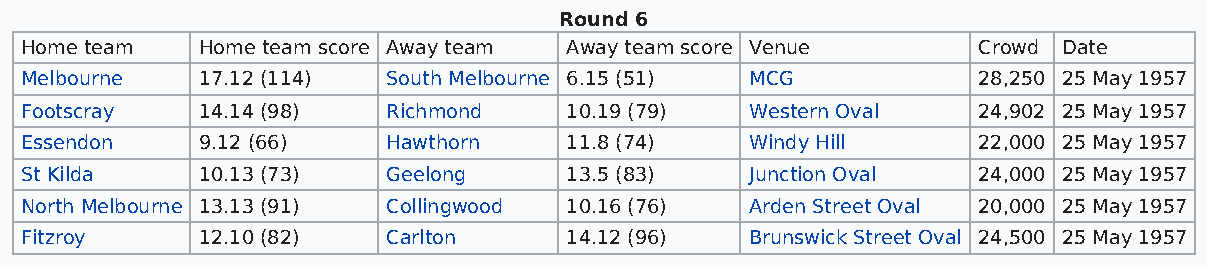
Round 6
 Home team   Home team score Away team Away team score Venue     Crowd Date
 Melbourne   17.12 (114)  South Melbourne 6.15 (51) MCG          28,250 25 May 1957
 Footscray   14.14 (98)   Richmond   10.19 (79)   Western Oval   24,902 25 May 1957
 Essendon    9.12 (66)    Hawthorn   11.8 (74)    Windy Hill     22,000 25 May 1957
 St Kilda    10.13 (73)   Geelong    13.5 (83)    Junction Oval  24,000 25 May 1957
 North Melbourne 13.13 (91) Collingwood 10.16 (76) Arden Street Oval 20,000 25 May 1957
 Fitzroy     12.10 (82)   Carlton    14.12 (96)   Brunswick Street Oval 24,500 25 May 1957